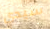
سيدي